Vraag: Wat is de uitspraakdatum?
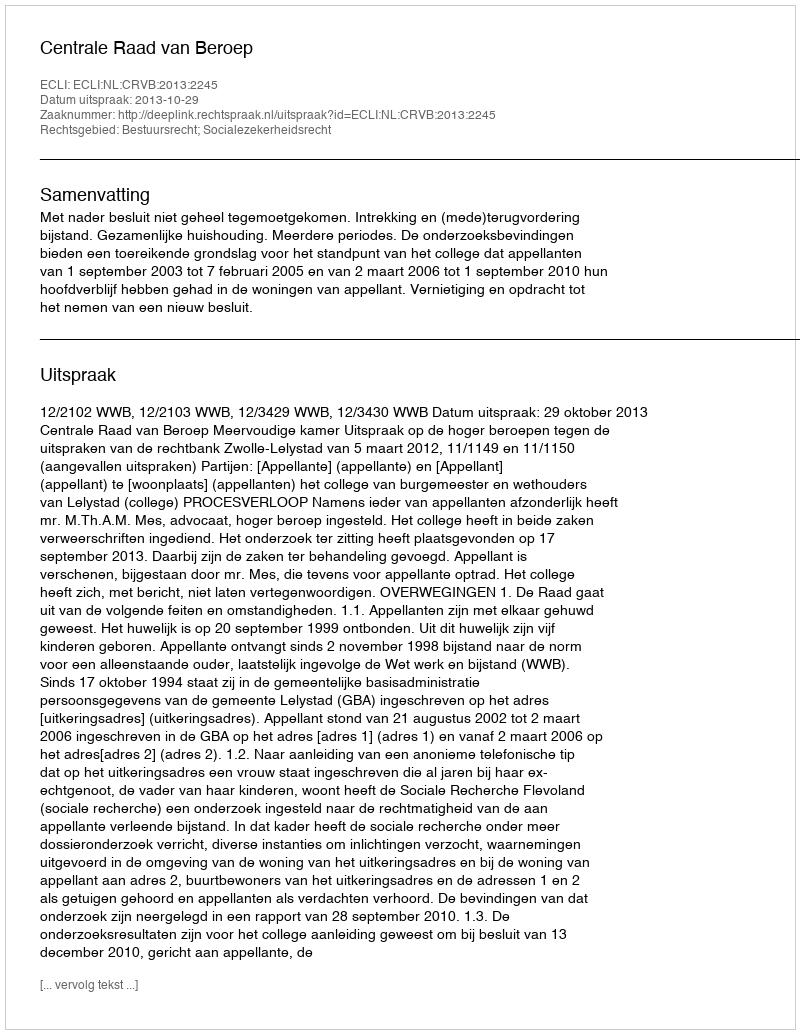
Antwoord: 2013-10-29